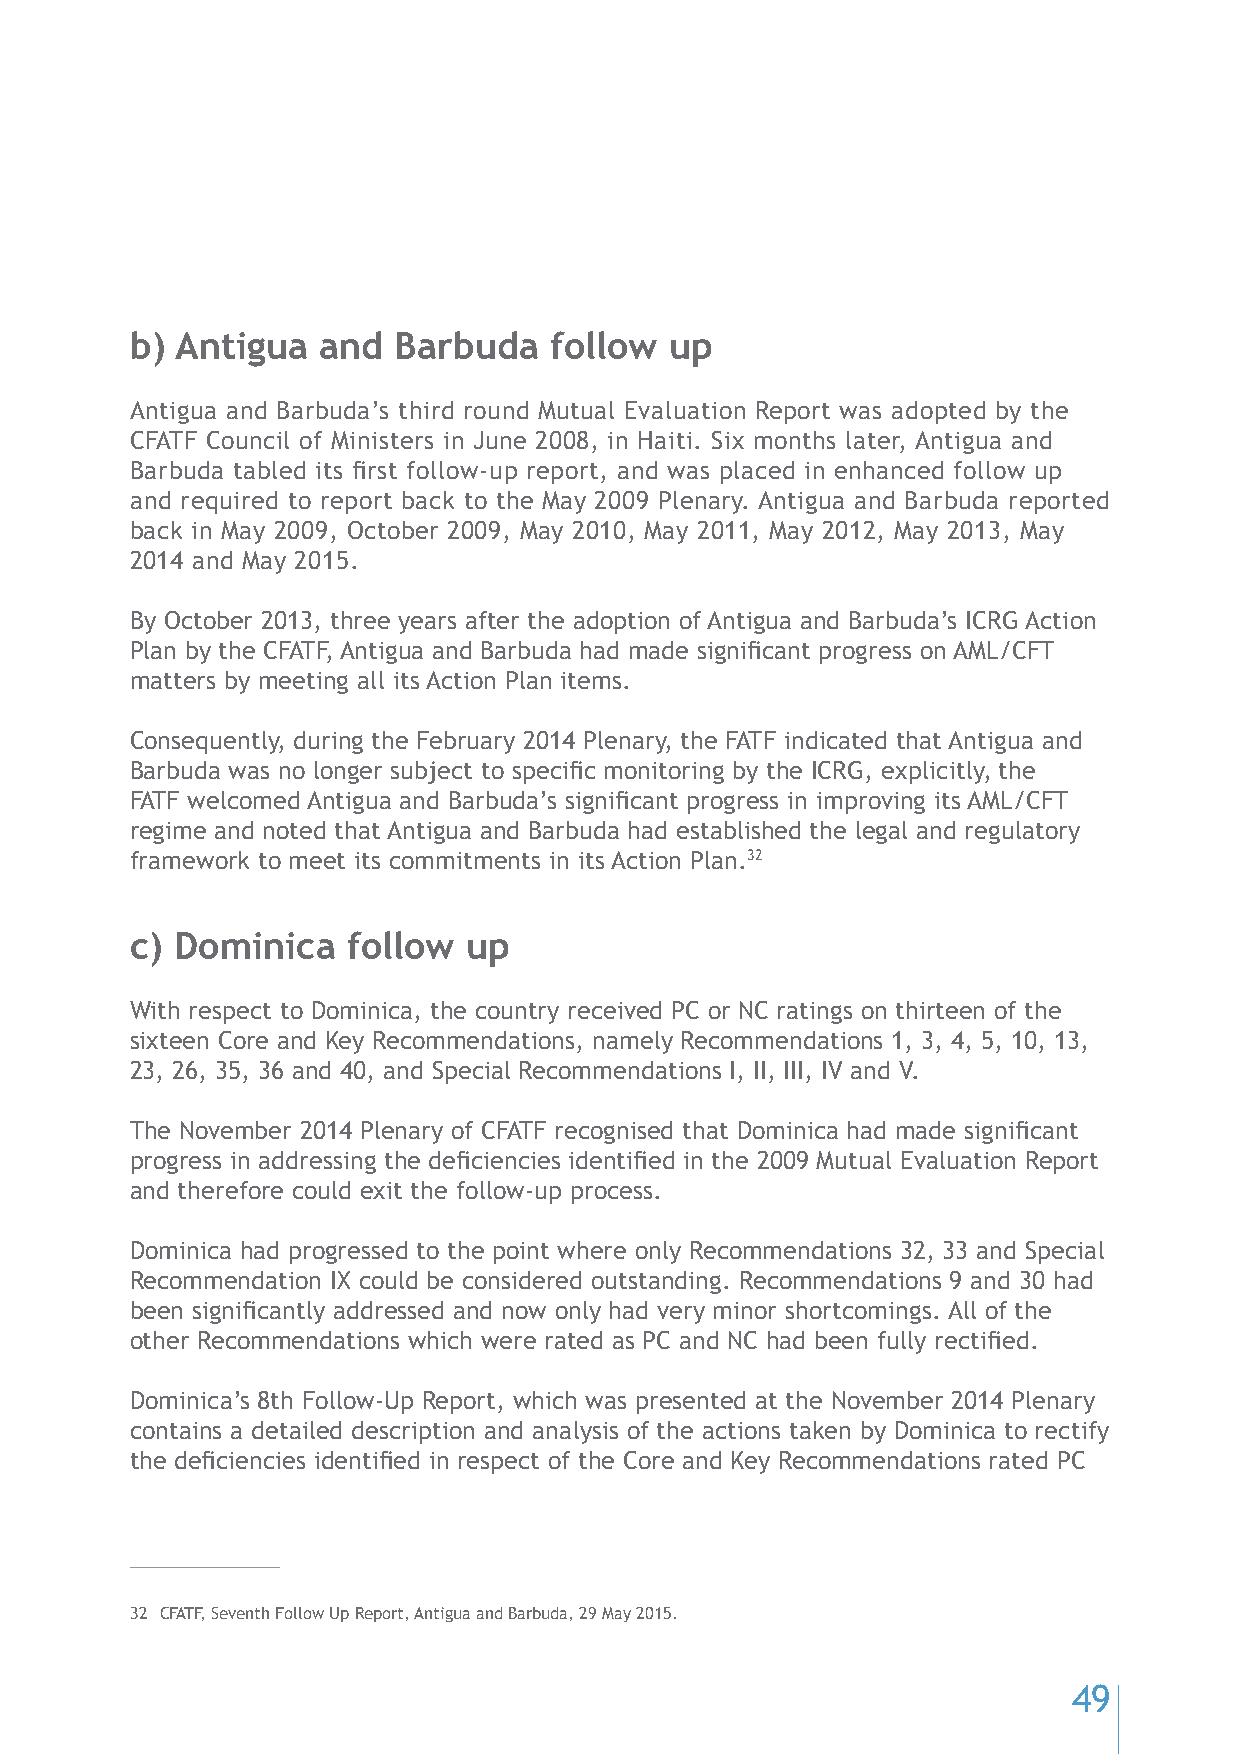
b) Antigua  and  Barbuda   follow  up
 Antigua and Barbuda’s third round Mutual Evaluation Report was adopted by the
 CFATF Council of Ministers in June 2008, in Haiti. Six months later, Antigua and
 Barbuda tabled its first follow-up report, and was placed in enhanced follow up
 and required to report back to the May 2009 Plenary. Antigua and Barbuda reported
 back in May 2009, October 2009, May 2010, May 2011, May 2012, May 2013, May
 2014 and May 2015.
 By October 2013, three years after the adoption of Antigua and Barbuda’s ICRG Action
 Plan by the CFATF, Antigua and Barbuda had made significant progress on AML/CFT
 matters by meeting all its Action Plan items.
 Consequently, during the February 2014 Plenary, the FATF indicated that Antigua and
 Barbuda was no longer subject to specific monitoring by the ICRG, explicitly, the
 FATF welcomed Antigua and Barbuda’s significant progress in improving its AML/CFT
 regime and noted that Antigua and Barbuda had established the legal and regulatory
 framework to meet its commitments in its Action Plan.32
 c) Dominica   follow  up
 With respect to Dominica, the country received PC or NC ratings on thirteen of the
 sixteen Core and Key Recommendations, namely Recommendations 1, 3, 4, 5, 10, 13,
 23, 26, 35, 36 and 40, and Special Recommendations I, II, III, IV and V.
 The November 2014 Plenary of CFATF recognised that Dominica had made significant
 progress in addressing the deficiencies identified in the 2009 Mutual Evaluation Report
 and therefore could exit the follow-up process.
 Dominica had progressed to the point where only Recommendations 32, 33 and Special
 Recommendation IX could be considered outstanding. Recommendations 9 and 30 had
 been significantly addressed and now only had very minor shortcomings. All of the
 other Recommendations which were rated as PC and NC had been fully rectified.
 Dominica’s 8th Follow-Up Report, which was presented at the November 2014 Plenary
 contains a detailed description and analysis of the actions taken by Dominica to rectify
 the deficiencies identified in respect of the Core and Key Recommendations rated PC
 32 CFATF, Seventh Follow Up Report, Antigua and Barbuda, 29 May 2015.
 49